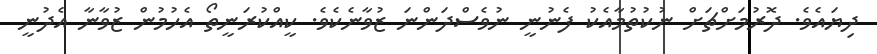
ދިޔައެވެ. ދޮރުމަށްޗަށް ނުކުތުމާއެކު ފެނުނީ ނުވެސްދަންނަ ޒުވާނެކެވެ. ކީއްކުރަނީތޯ އެހުމުން ޒުވާނާ އެދުނީ